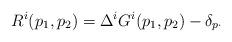
LaTeX: \begin{align*}R^i(p_1,p_2) = \Delta^i G^i(p_1,p_2) - \delta_{p \cdot}\end{align*}